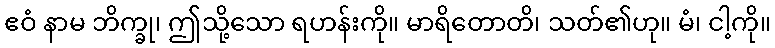
ဧဝံ နာမ ဘိက္ခု၊ ဤသို့သော ရဟန်းကို။ မာရိတောတိ၊ သတ်၏ဟု။ မံ၊ ငါ့ကို။